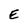
Character: E